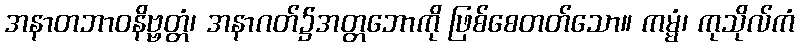
အနာတဘာဝနိဗ္ဗတ္တံ၊ အနာဂတ်၌အတ္တဘောကို ဖြစ်စေတတ်သော။ ကမ္မံ၊ ကုသိုလ်ကံ